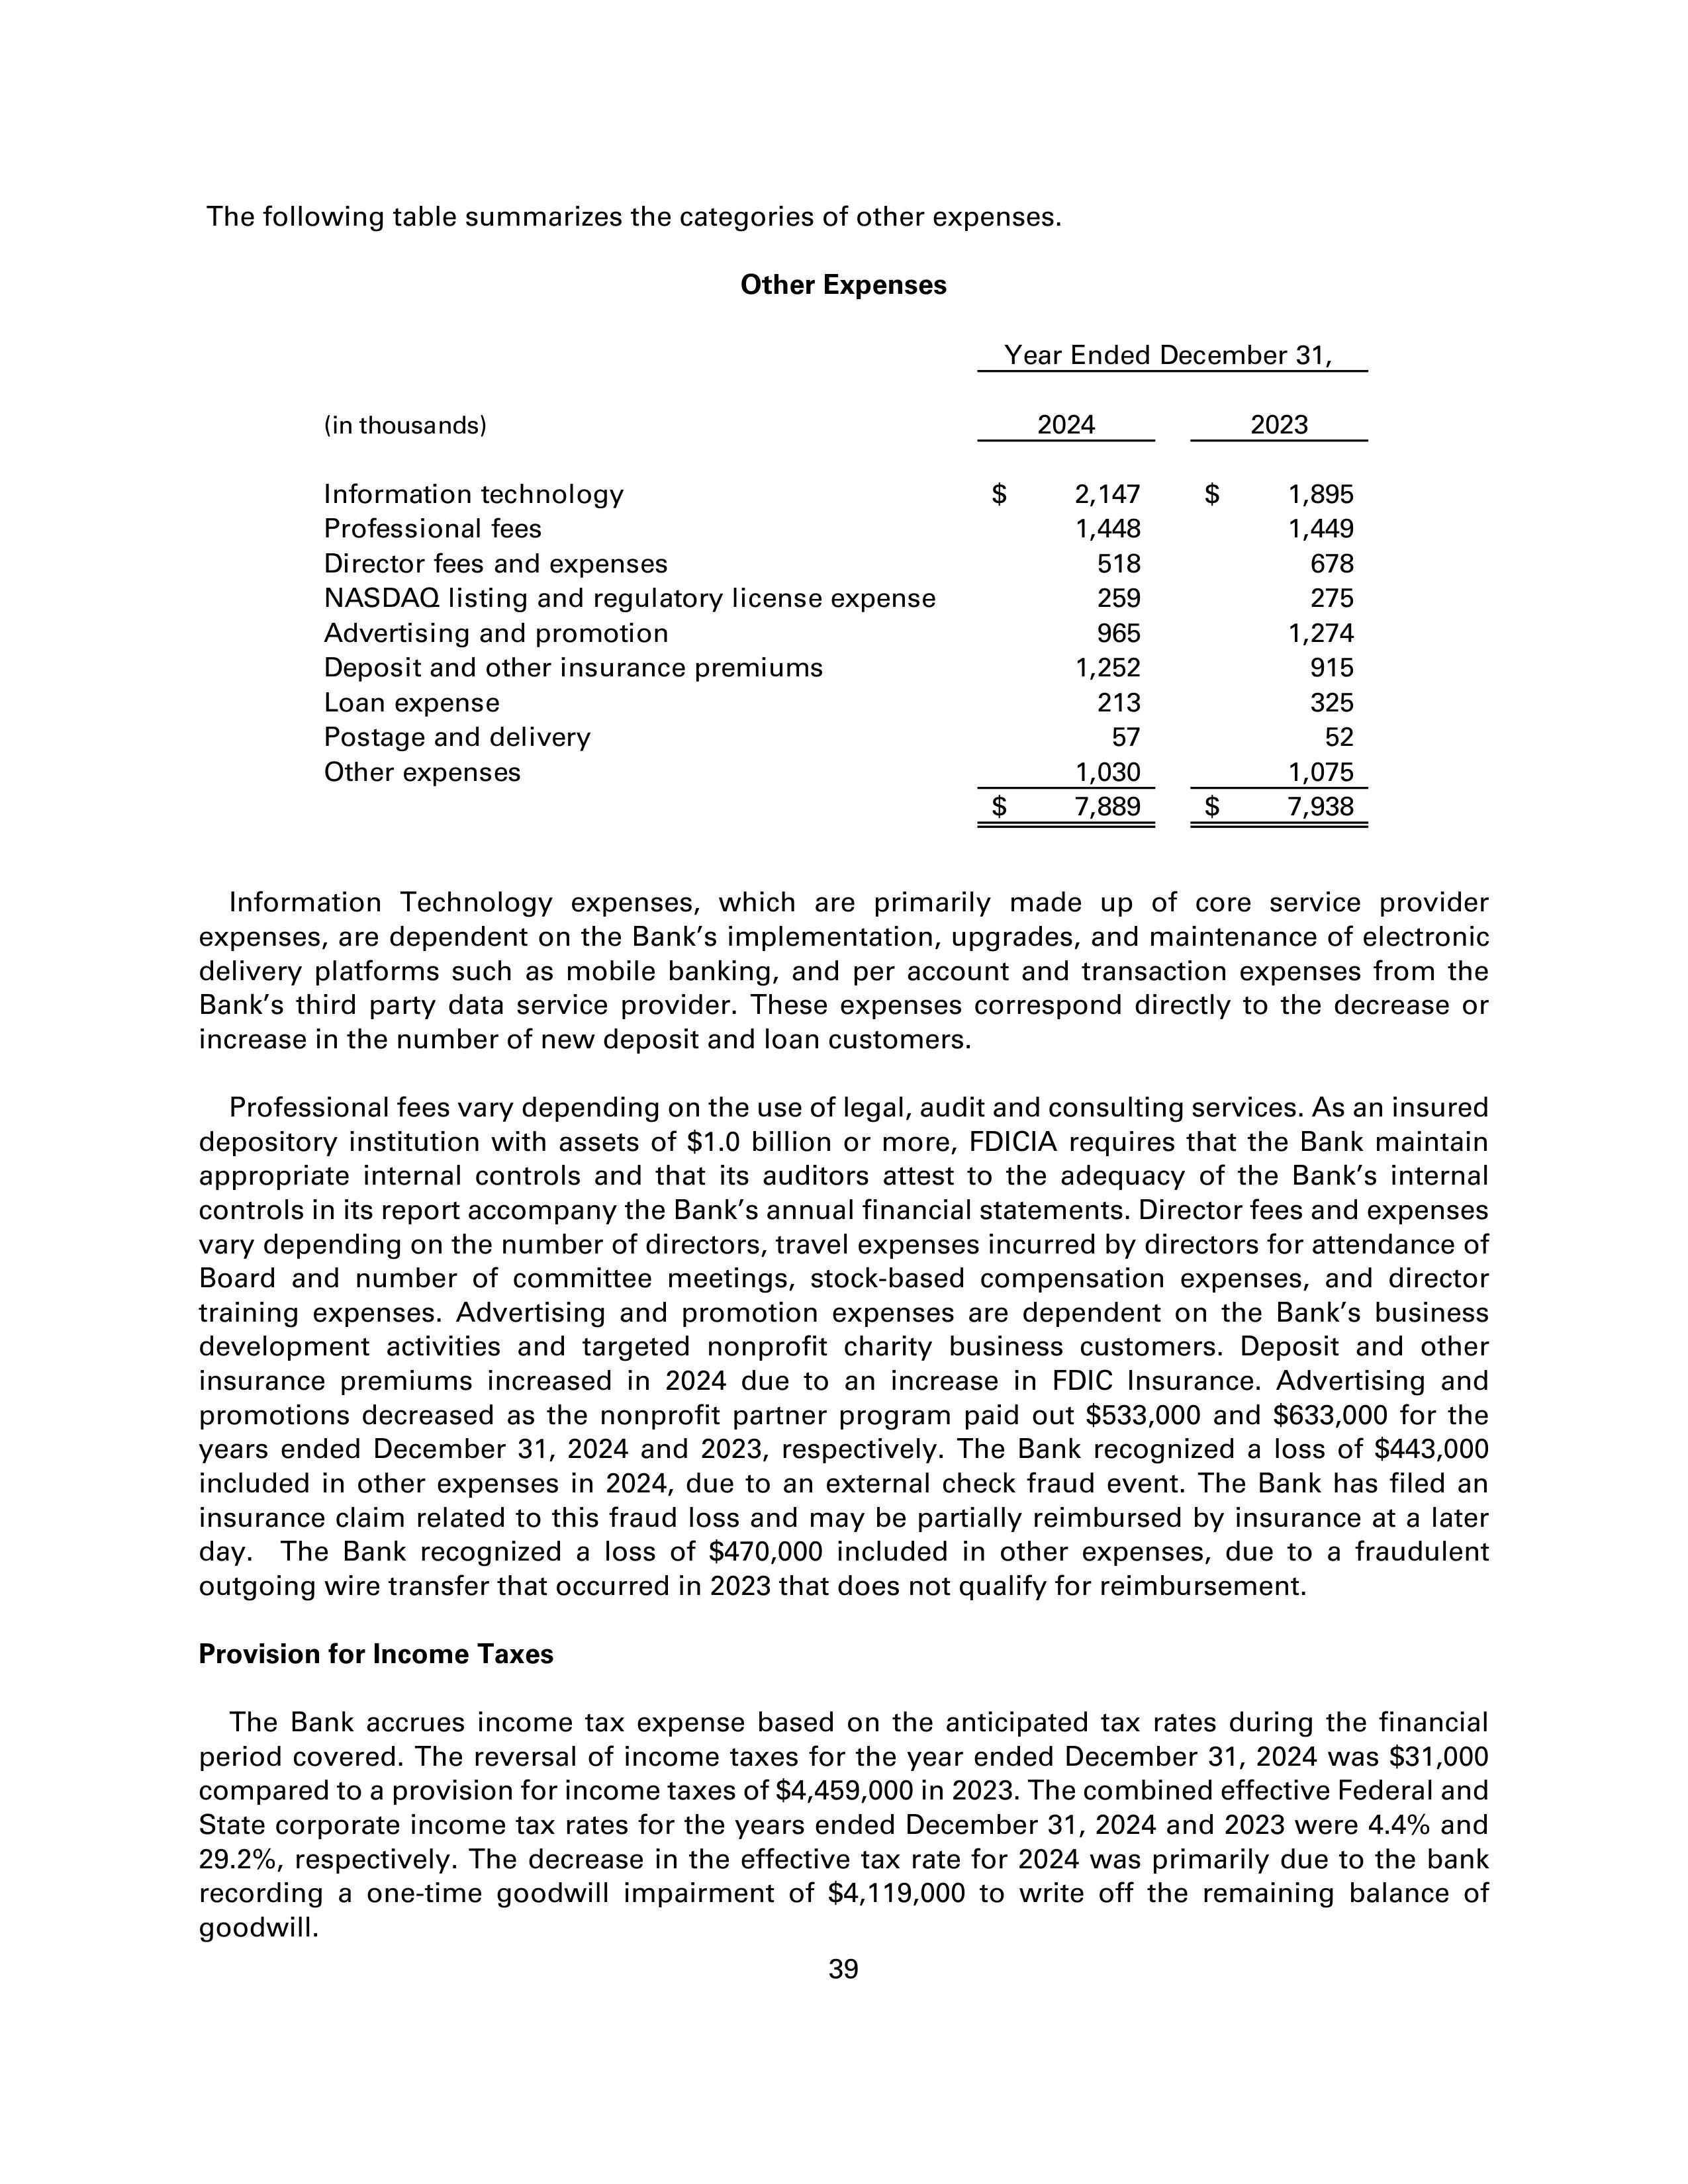
The following table summarizes the categories of other expenses.

Other Expenses

Year Ended December 31,

                                    2024            2023
        (in thousands)

Information technology           $   2,147       $   1,895
Professional fees                   1,448           1,449
Director fees and expenses            518             678
NASDAQ listing and regulatory license expense
                                     259             275
Advertising and promotion             965           1,274
Deposit and other insurance premiums 1,252             915
Loan expense                          213             325
Postage and delivery                   57              52
Other expenses                      1,030           1,075
                                 $   7,889       $   7,938

Information Technology expenses, which are primarily made up of core service provider
expenses, are dependent on the Bank's implementation, upgrades, and maintenance of electronic
delivery platforms such as mobile banking, and per account and transaction expenses from the
Bank's third party data service provider. These expenses correspond directly to the decrease or
increase in the number of new deposit and loan customers.

Professional fees vary depending on the use of legal, audit and consulting services. As an insured
depository institution with assets of $1.0 billion or more, FDICIA requires that the Bank maintain
appropriate internal controls and that its auditors attest to the adequacy of the Bank's internal
controls in its report accompanying the Bank's annual financial statements. Director fees and expenses
vary depending on the number of directors, travel expenses incurred by directors for attendance of
Board and number of committee meetings, stock-based compensation expenses, and director
training expenses. Advertising and promotion expenses are dependent on the Bank's business
development activities and targeted nonprofit charity business customers. Deposit and other
insurance premiums increased in 2024 due to an increase in FDIC Insurance. Advertising and
promotions decreased as the nonprofit partner program paid out $533,000 and $633,000 for the
years ended December 31, 2024 and 2023, respectively. The Bank recognized a loss of $443,000
included in other expenses in 2024, due to an external check fraud event. The Bank has filed an
insurance claim related to this fraud loss and may be partially reimbursed by insurance at a later
day. The Bank recognized a loss of $470,000 included in other expenses, due to a fraudulent
outgoing wire transfer that occurred in 2023 that does not qualify for reimbursement.

Provision for Income Taxes

The Bank accrues income tax expense based on the anticipated tax rates during the financial
period covered. The reversal of income taxes for the year ended December 31, 2024 was $31,000
compared to a provision for income taxes of $4,459,000 in 2023. The combined effective Federal and
State corporate income tax rates for the years ended December 31, 2024 and 2023 were 4.4% and
29.2%, respectively. The decrease in the effective tax rate for 2024 was primarily due to the bank
recording a one-time goodwill impairment of $4,119,000 to write off the remaining balance of
goodwill.

39